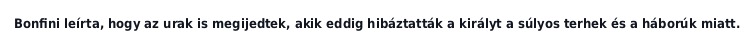
Bonfini leírta, hogy az urak is megijedtek, akik eddig hibáztatták a királyt a súlyos terhek és a háborúk miatt.